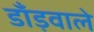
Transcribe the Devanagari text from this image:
डाँड़वाले